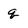
Character: q